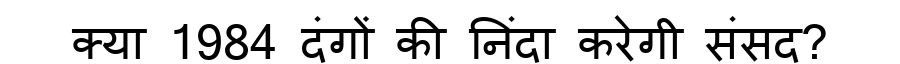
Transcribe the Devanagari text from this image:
क्या 1984 दंगों की निंदा करेगी संसद?